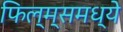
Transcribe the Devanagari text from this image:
फिल्म्समध्ये